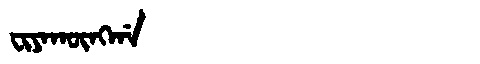
Manchu: ᠸᡳᠶᠠᡴᡡᠩᡤᠠ
Romanization: FIYAKŪNGGA